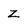
Character: z